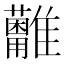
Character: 𩁩